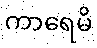
ကာရေမိ